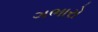
ગભારો